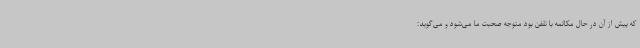
که پیش از آن در حال مکالمه با تلفن بود متوجه صحبت ما می‌شود و می‌گوید: